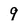
Character: 9